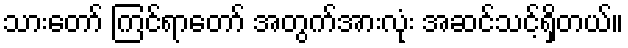
သားတော် ကြင်ရာတော် အတွက်အားလုံး အဆင်သင့်ရှိတယ်။